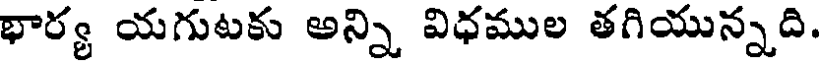
భార్య యగుటకు అన్ని విధముల తగియున్నది.